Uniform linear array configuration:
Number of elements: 4
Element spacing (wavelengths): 0.75
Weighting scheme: blackman
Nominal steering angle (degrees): -60
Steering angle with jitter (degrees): -59.97
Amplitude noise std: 0.05
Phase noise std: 0.05

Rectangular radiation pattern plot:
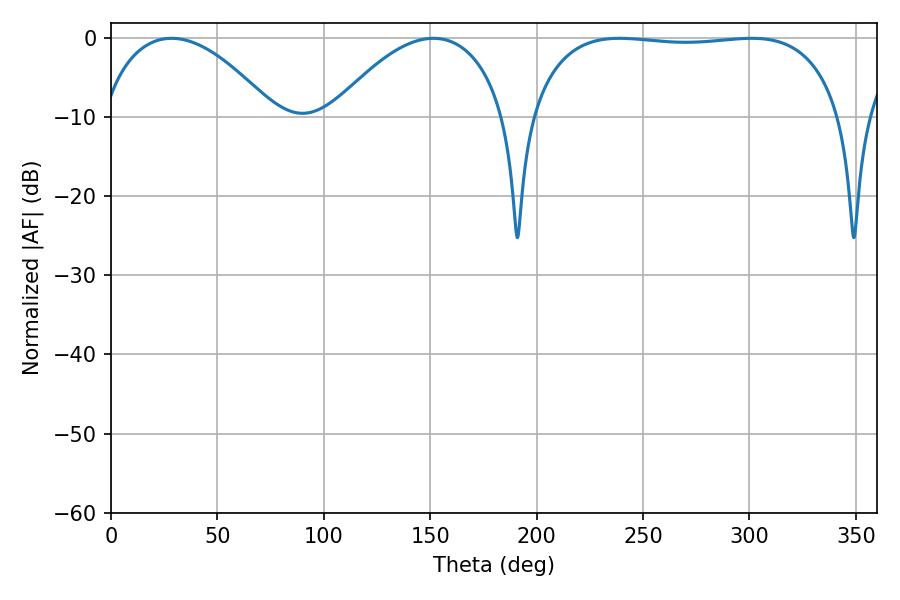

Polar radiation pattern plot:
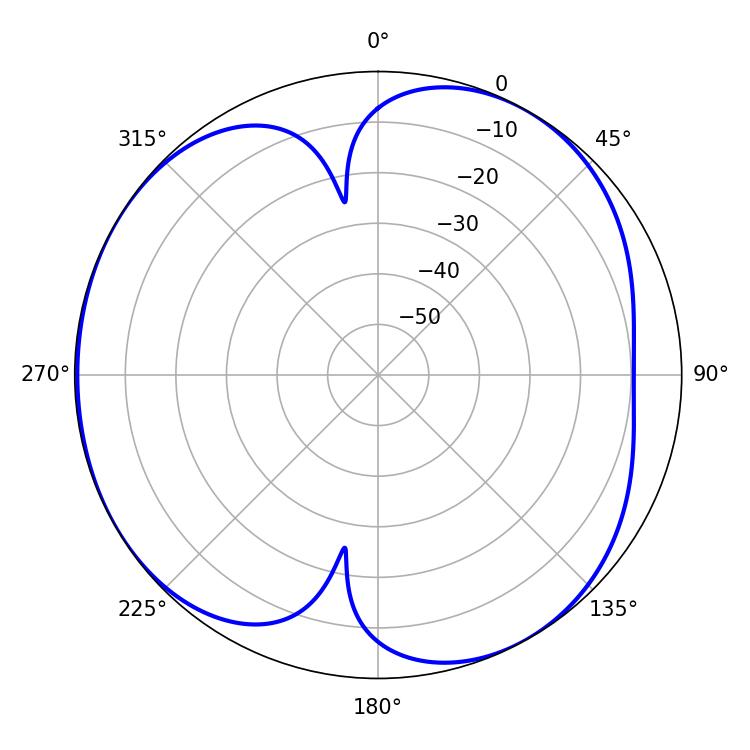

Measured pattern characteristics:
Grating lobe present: TRUE
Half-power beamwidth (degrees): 45.72
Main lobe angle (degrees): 28.44